Scientific memoirs by medical officers of the Army of India - Part VI,
Year: 1891
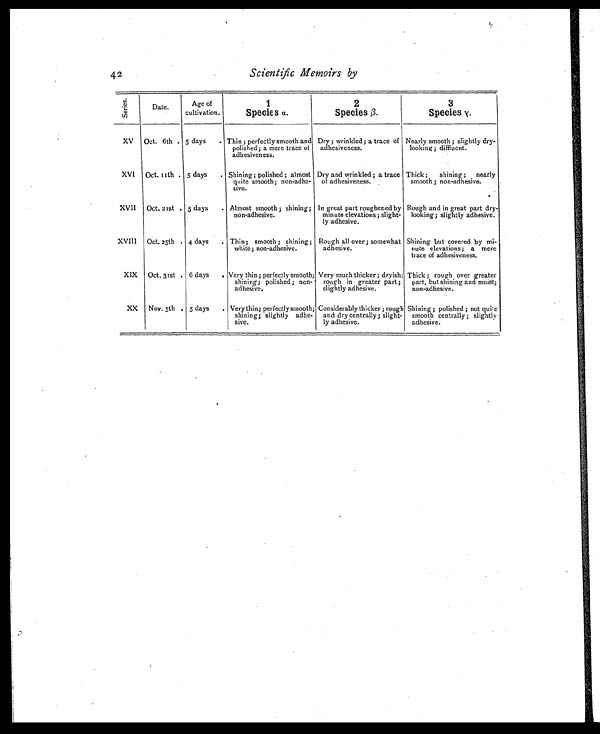
42
Scientific Memoirs by
S e r i e s .
Date.
Age of
cultivation.
1
Species α .
2
Species β.
3
Species γ.
XV
Oct. .6th . 5 days
. Thin ; perfectly smooth and
polished; a mere trace of
adhesiveness.
Dry ; wrinkled; a trace of
adhesiveness.
Nearly smooth ; slightly dry-
looking ; diffluent.
XVI
Oct. 11 th . 5 days
. Shining ; polished ; almost
quite smooth; non-adhe-
sive.
Dry and wrinkled ; a trace
of adhesiveness.
Thick ; shining ; nearly
smooth ; non-adhesive.
XVII
Oct. 21st . 5 days
. Almost smooth ; shining;
non-adhesive.
In great part roughened by
minute elevations ; slight-
ly adhesive.
Rough and in great part dry-
looking; slightly adhesive.
XVIII
Oct. 25th . 4 days
. Thin; smooth ; shining;
white ; non-adhesive.
Rough all over ; somewhat
adhesive.
Shining but covered by mi-
nute elevations; a mere
trace of adhesiveness.
XIX
Oct. 31st . 6 days
. Very thin ; perfectly smooth;
shining; polished ; non-
adhesive.
Very much thicker; dryish;
rough in greater part ;
slightly adhesive.
Thick ; rough over greater
part, but shining and moist;
non-adhesive.
XX
Nov. 5th . 5 days
. Very thin; perfectly smooth;
shining; slightly adhe-
sive.
Considerably thicker ; rough
and dry centrally ; slight-
ly adhesive.
Shining ; polished ; not quite
smooth centrally ; slightly
adhesive.